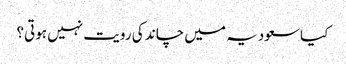
کیاسعودیہ میں چاند کی رویت نہیں ہوتی؟